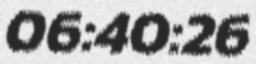
06:40:26